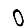
Digit: 0